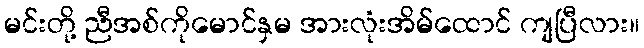
မင်းတို့ ညီအစ်ကိုမောင်နှမ အားလုံးအိမ်ထောင် ကျပြီလား။